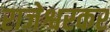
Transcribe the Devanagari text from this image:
राजेश्वरकर